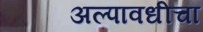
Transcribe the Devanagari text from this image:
अल्पावधीचा